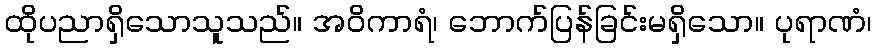
ထိုပညာရှိသောသူသည်။ အဝိကာရံ၊ ဘောက်ပြန်ခြင်းမရှိသော။ ပုရာဏံ၊